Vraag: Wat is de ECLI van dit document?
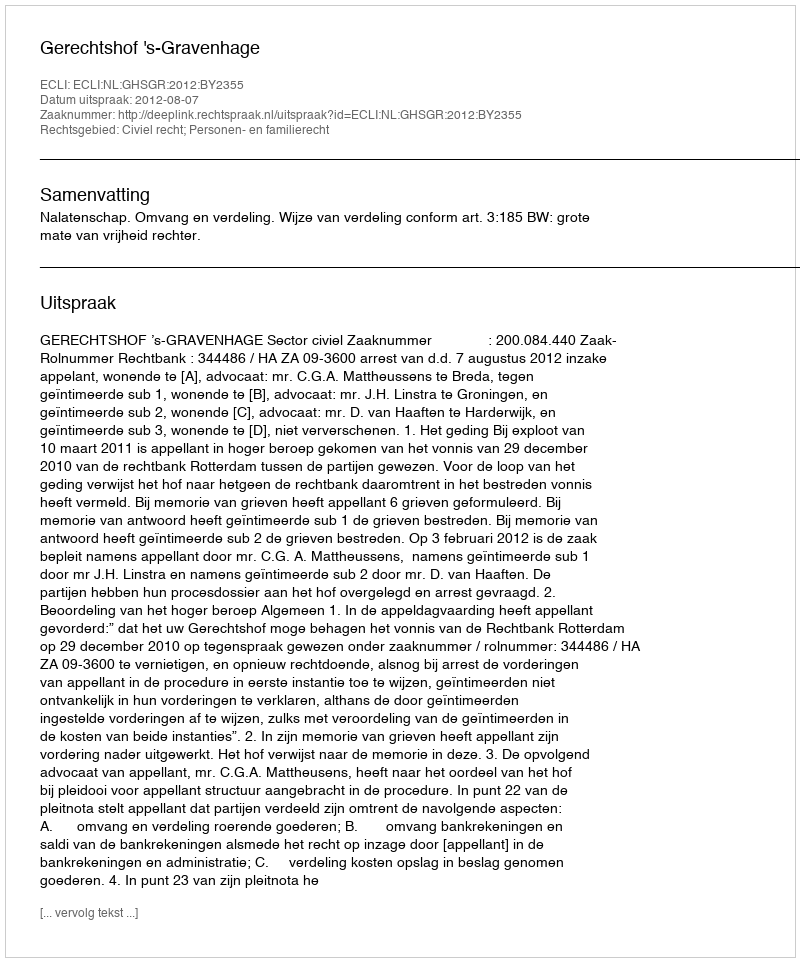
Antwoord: ECLI:NL:GHSGR:2012:BY2355